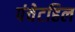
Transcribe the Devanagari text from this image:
पंचेटहिल